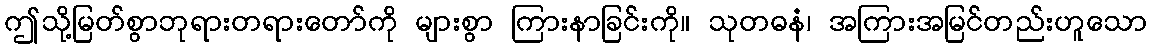
ဤသို့မြတ်စွာဘုရားတရားတော်ကို များစွာ ကြားနာခြင်းကို။ သုတဓနံ၊ အကြားအမြင်တည်းဟူသော